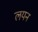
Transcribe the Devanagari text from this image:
लयन